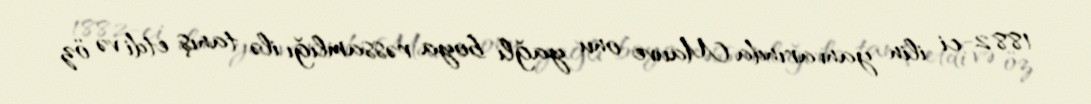
1882-ci ilin yanvarında Mauve onu yağlı boya rəssamlığı ilə tanış etdi və öz